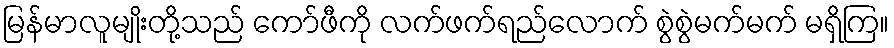
မြန်မာလူမျိုးတို့သည် ကော်ဖီကို လက်ဖက်ရည်လောက် စွဲစွဲမက်မက် မရှိကြ။